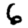
Digit: 6